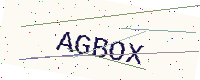
Text: AGBOX